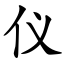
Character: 仪